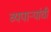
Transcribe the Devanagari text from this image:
व्यपाऱ्यांची